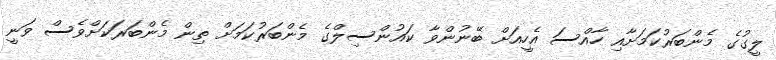
ލީގުގެ މެންބަރުކަމަށާއި ހާއްސަ އެހީއަށް ބޭނުންވާ ކައުންސިލްގެ މެންބަރުކަމަށް ތިން މެންބަރަކަށްވެސް ވަނީ